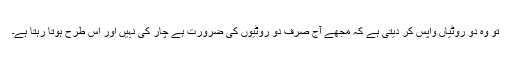
تو وہ دو روٹیاں واپس کر دیتی ہے کہ مجھے آج صرف دو روٹیوں کی ضرورت ہے چار کی نہیں اور اس طرح ہوتا رہتا ہے۔